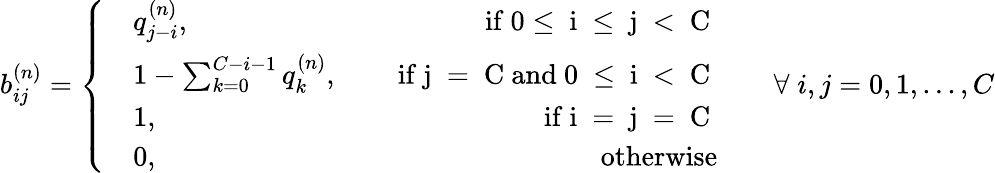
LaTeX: b_{ij}^{(n)}=\left\{ \begin{array}{rlr}&{q_{j-i}^{(n)},}&{\quad\mathrm{~if~0\leq~i~\leq~j~<~C~}}\\ &{1-\sum_{k=0}^{C-i-1}q_{k}^{(n)},}&{\quad\mathrm{~if~j~=~C~and~0~\leq~i~<~C~}}\\ &{1,}&{\quad\mathrm{~if~i~=~j~=~C~}}\\ &{0,}&{\quad\mathrm{~otherwise}}\end{array}\right.\quad\quad\forall\; i,j=0,1,...,C